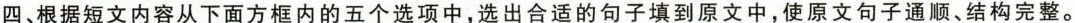
四、根据短文内容从下面方框内的五个选项中,选出合适的句子填到原文中,使原文句子通顺、结构完整.